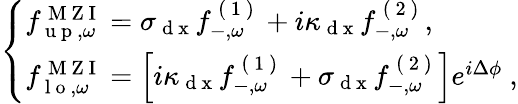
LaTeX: \begin{array}{r}{\left\{ \begin{array}{ll}{{f}_{\mathrm{~u~p~},\omega}^{\mathrm{~M~Z~I~}}=\sigma_{\mathrm{~d~x~}}{f}_{-,\omega}^{\mathrm{~(~1~)~}}+i\kappa_{\mathrm{~d~x~}}{f}_{-,\omega}^{\mathrm{~(~2~)~}},}\\ {{f}_{\mathrm{~l~o~},\omega}^{\mathrm{~M~Z~I~}}=\left[i\kappa_{\mathrm{~d~x~}}{f}_{-,\omega}^{\mathrm{~(~1~)~}}+\sigma_{\mathrm{~d~x~}}{f}_{-,\omega}^{\mathrm{~(~2~)~}}\right]e^{i\Delta\phi}\ ,}\end{array}\right.}\end{array}